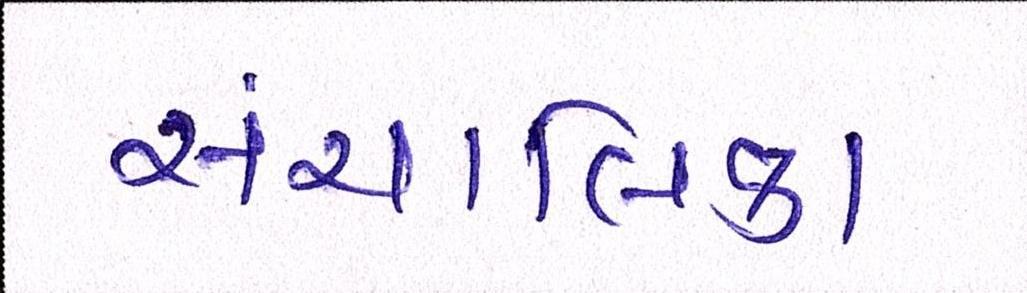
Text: સંચાલિકા